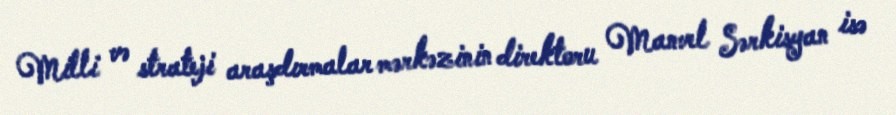
Milli və strateji araşdırmalar mərkəzinin direktoru Manvel Sərkisyan isə